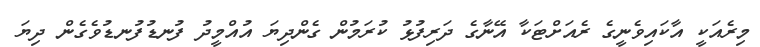
މިރެއަކީ އާކައިވެނީގެ ރެއަށްޓަކާ އޭނާގެ ދަރިފުޅު ކުރަމުން ގެންދިޔަަ އުއްމީދު ފުނޑުފުނޑުވެގެން ދިޔަަ